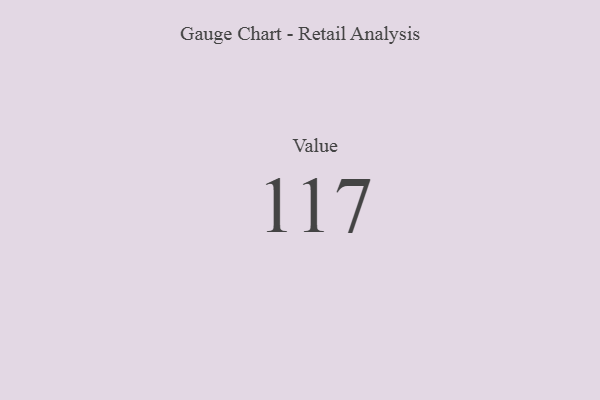
{"axis": {"x": "Metric", "y": "Value"}, "legend": [""], "data": [{"x": "Value", "y": 117, "type": ""}]}